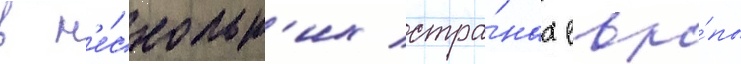
в н'е́скольк'их стра́нах евро́пы